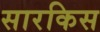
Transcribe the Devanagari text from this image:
सारकिस